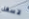
لاسفل